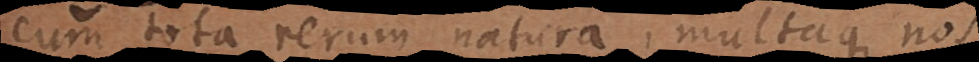
cum tota rerum natura, multaque nos